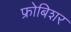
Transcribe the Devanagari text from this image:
फ्रोबिशर